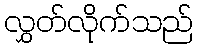
လွှတ်လိုက်သည်